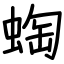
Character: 蜪